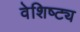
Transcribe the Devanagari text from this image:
वेशिष्ट्य